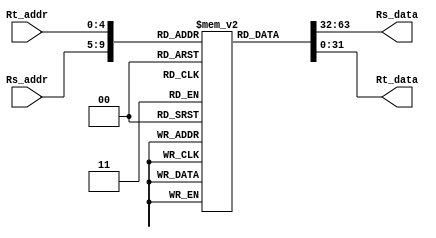
/*
 *	Template for Homework 1
 *	Copyright (C) 2022  Chen Chia Yi or any person belong ESSLab.
 *	All Right Reserved.
 *
 *	This program is free software: you can redistribute it and/or modify
 *	it under the terms of the GNU General Public License as published by
 *	the Free Software Foundation, either version 3 of the License, or
 *	(at your option) any later version.
 *
 *	This program is distributed in the hope that it will be useful,
 *	but WITHOUT ANY WARRANTY; without even the implied warranty of
 *	MERCHANTABILITY or FITNESS FOR A PARTICULAR PURPOSE.  See the
 *	GNU General Public License for more details.
 *
 *	You should have received a copy of the GNU General Public License
 *	along with this program.  If not, see <https://www.gnu.org/licenses/>.
 *
 *	This file is for people who have taken the cource (1102 Computer
 *	Organizarion) to use.
 *	We (ESSLab) are not responsible for any illegal use.
 *
 */

/*
 * Declaration of Register File for this project.
 * CAUTION: DONT MODIFY THE NAME.
 */
module RF(
	//Inputs
	input [4:0] Rs_addr,
	input [4:0] Rt_addr,
	//Outputs
	output [31:0] Rs_data,
	output [31:0] Rt_data

);
	/* 
	 * Declaration of inner register.
	 * CAUTION: DONT MODIFY THE NAME AND SIZE.
	 */
	reg [31:0]R[0:31];

	// Register mux
	assign Rs_data = R[Rs_addr];
	assign Rt_data = R[Rt_addr];

endmodule